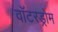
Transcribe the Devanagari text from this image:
वॉटरड्रोम